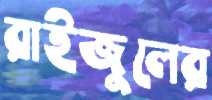
রাইজুলের